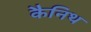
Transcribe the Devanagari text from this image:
कैनिथ